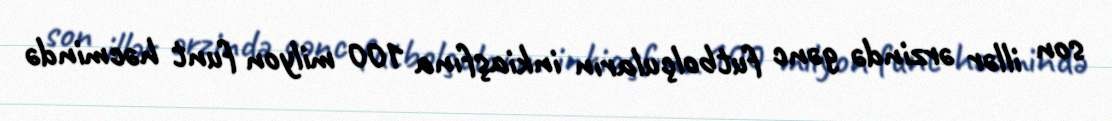
son illər ərzində gənc futbolçuların inkiaşfına 100 milyon funt həcmində